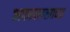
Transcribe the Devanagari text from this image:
अफझलखाच्या